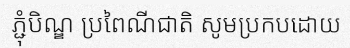
ភ្ជុំបិណ្ឌ ប្រពៃណីជាតិ សូមប្រកបដោយ